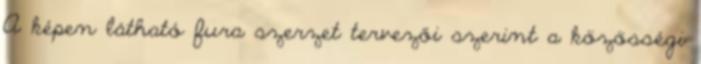
A képen látható fura szerzet tervezői szerint a közösségi